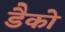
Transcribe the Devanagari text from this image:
डैको